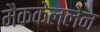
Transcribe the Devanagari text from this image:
मैककेल्लेन